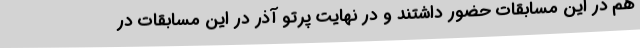
هم در این مسابقات حضور داشتند و در نهایت پرتو آذر در این مسابقات در